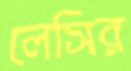
লেসির